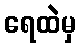
ရေထဲမှ